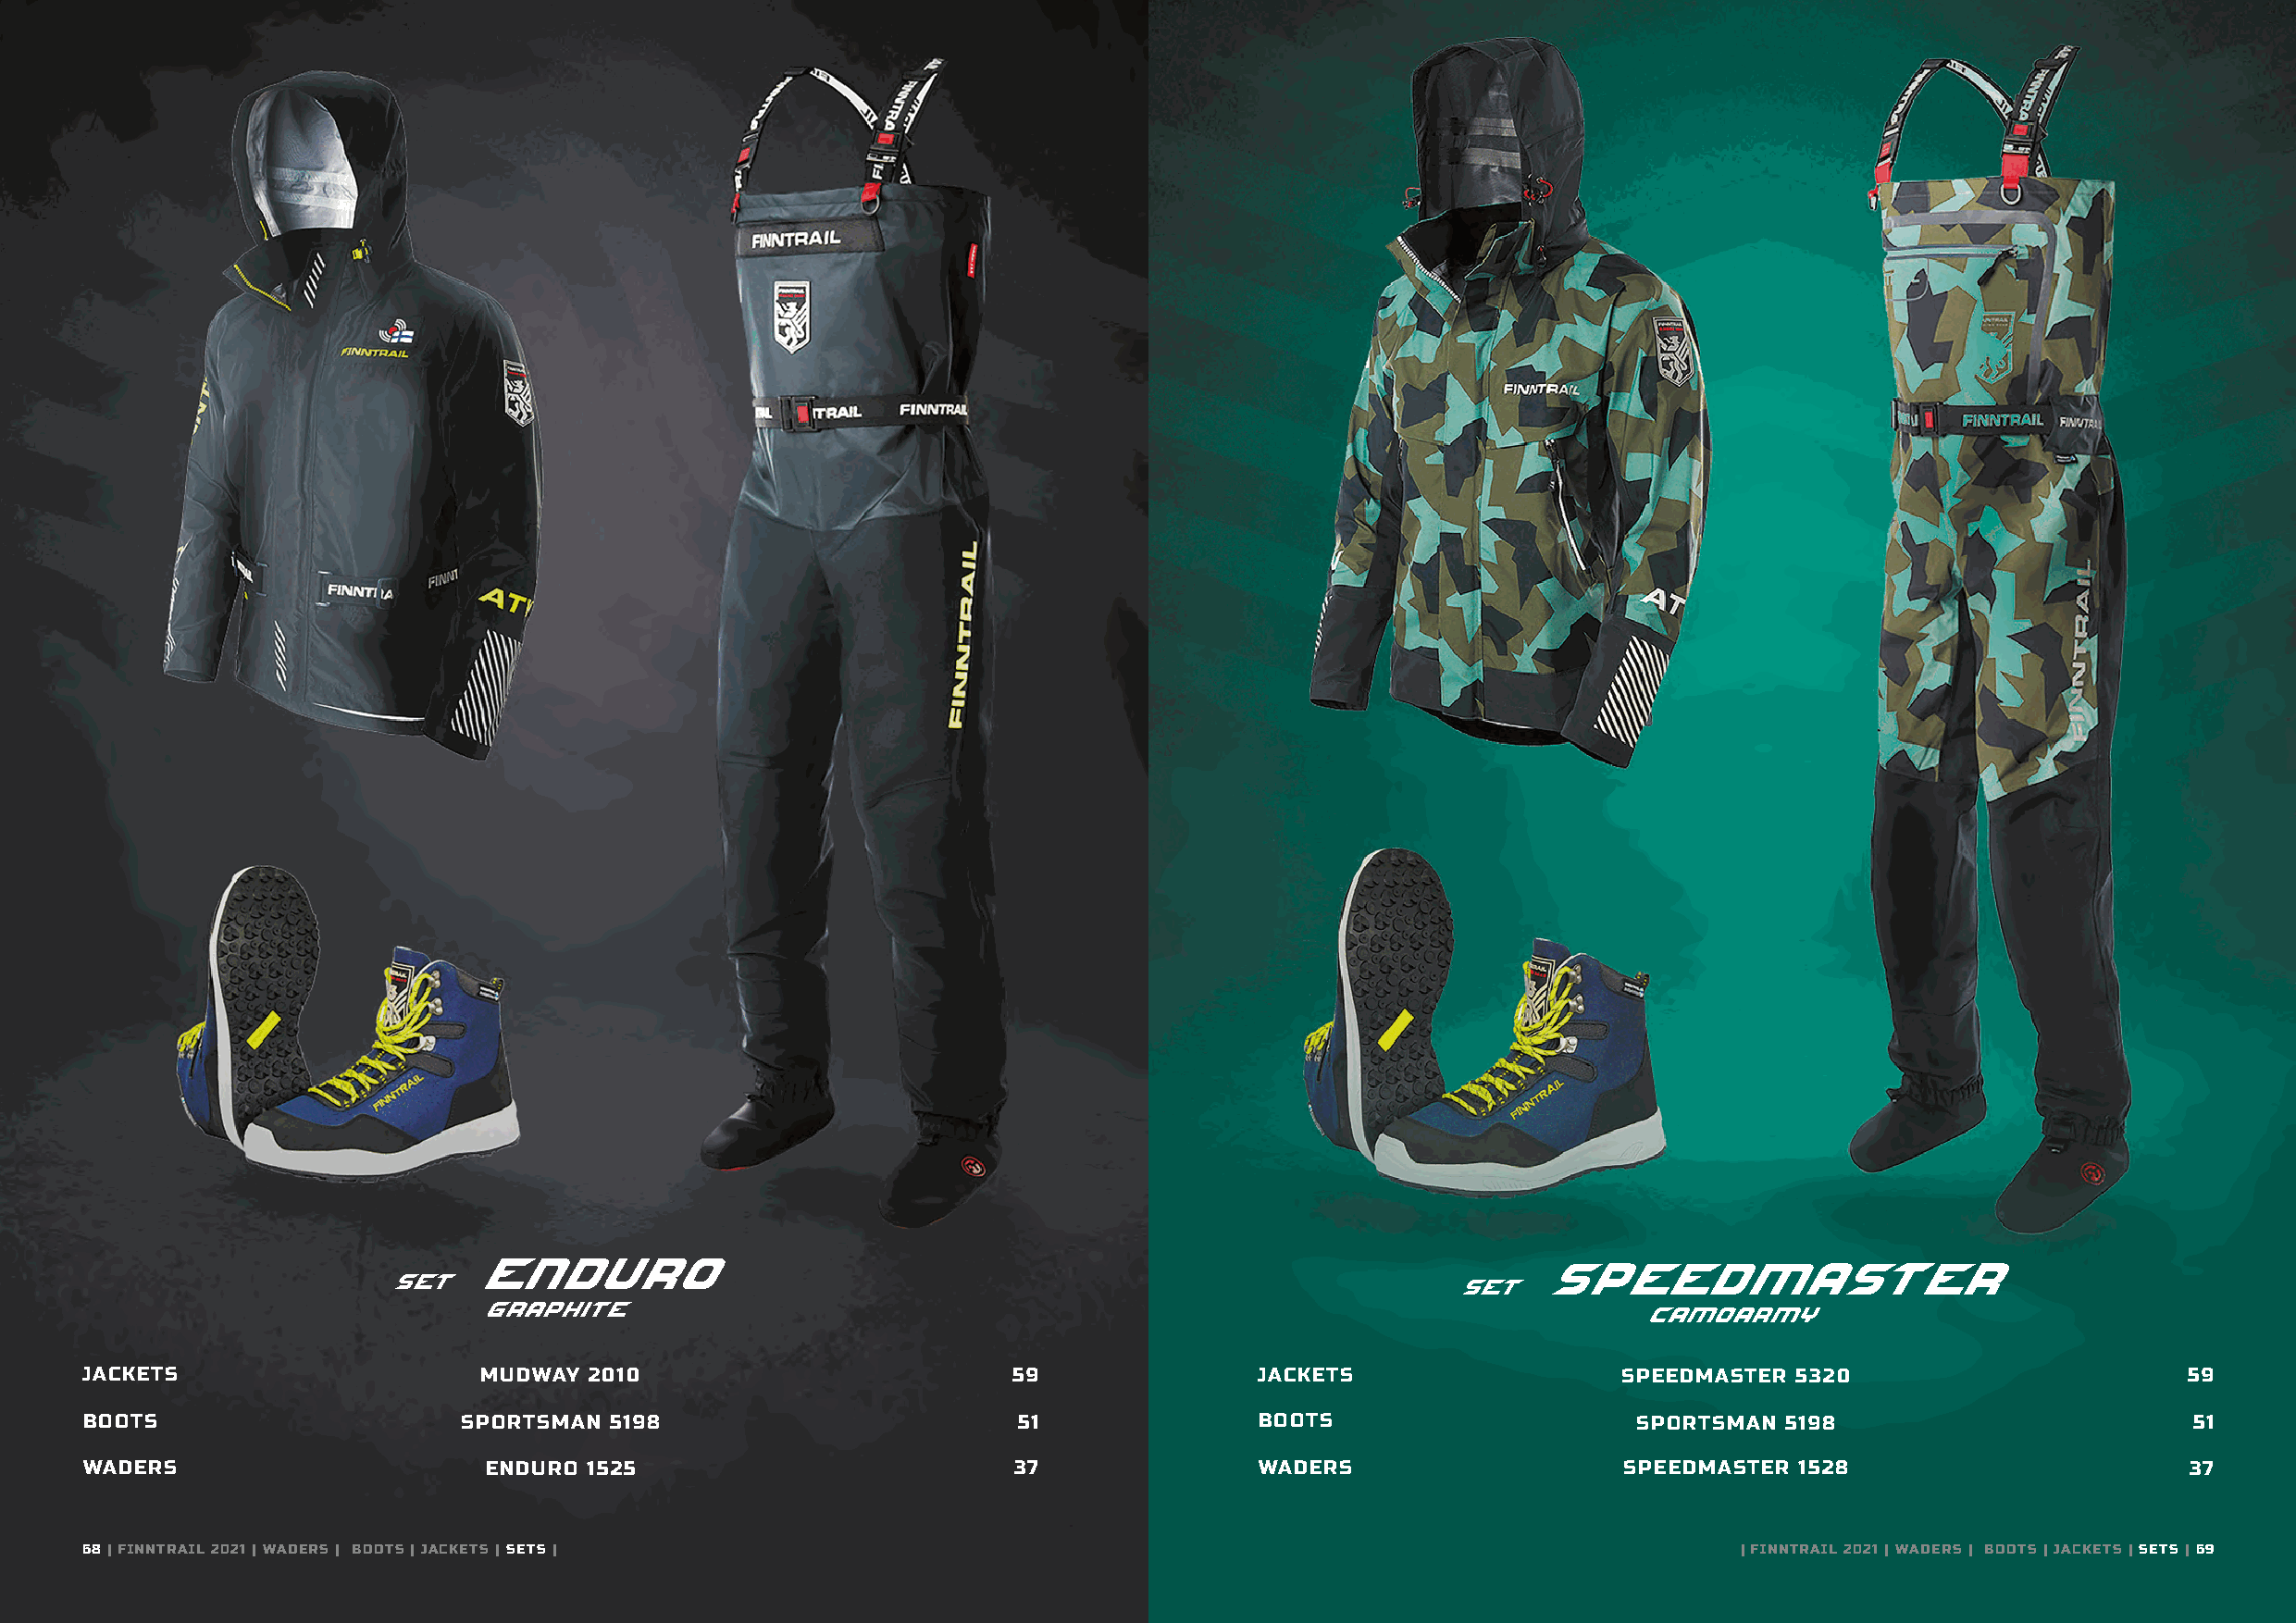
JACKETS                     MUDWAY  2010                          59                JACKETS                   SPEEDMASTER 5320                        59
 BOOTS                      SPORTSMAN  5198                         51               BOOTS                      SPORTSMAN  5198                         51
 WADERS                       ENDURO 1525                           37               WADERS                    SPEEDMASTER  1528                        37
 68 | FINNTRAIL 2021 | WADERS | BOOTS | JACKETS | SETS |                                                               | FINNTRAIL 2021 | WADERS | BOOTS | JACKETS | SETS | 69